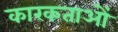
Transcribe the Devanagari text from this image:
कारकताओं